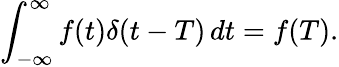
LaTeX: \int_{-\infty}^{\infty}f(t)\delta(t-T)\, dt=f(T).